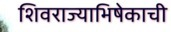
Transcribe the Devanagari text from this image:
शिवराज्याभिषेकाची